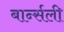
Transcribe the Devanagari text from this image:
बार्न्सली